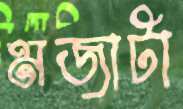
মজাটা